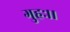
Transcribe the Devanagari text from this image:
गुहः।।